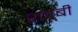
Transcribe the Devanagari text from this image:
श्लूबी